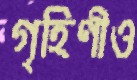
গৃহিণীও